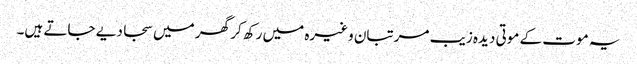
یہ موت کے موتی دیدہ زیب مرتبان وغیرہ میں رکھ کر گھر میں سجا دیے جاتے ہیں۔